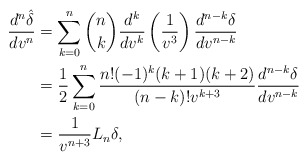
\begin{align*} \frac{d^n\hat{\delta}}{dv^n}&=\sum_{k=0}^n\binom{n}{k}\frac{d^k}{dv^k}\left(\frac{1}{v^3}\right)\frac{d^{n-k}\delta}{dv^{n-k}}\\&=\frac{1}{2}\sum_{k=0}^n\frac{n!(-1)^k(k+1)(k+2)}{(n-k)!v^{k+3}}\frac{d^{n-k}\delta}{dv^{n-k}}\\&=\frac{1}{v^{n+3}}L_n\delta,\end{align*}